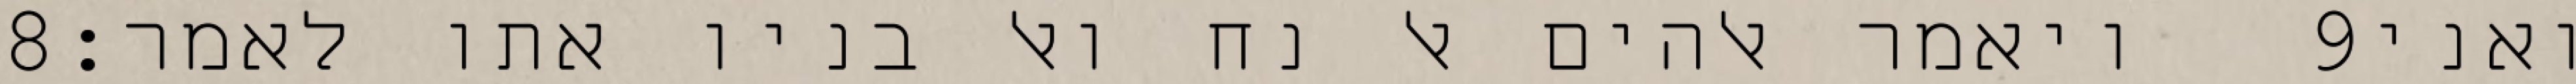
‎8‏ ויאמר אלהים אל נח ואל בניו אתו לאמר׃ ‎9‏ ואני